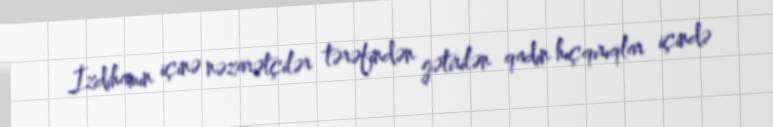
İzdihamın içinə nəzarətçilər tərəfindən gətirilən qadın hıçqırıqlar içində